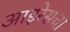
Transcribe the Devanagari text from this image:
आइरेसचा